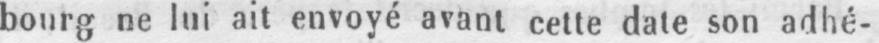
bourg ne lui ait envoyé avant cette date son adhé-